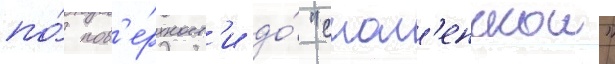
по́ пов'е́рхност'и до́ "смол'енскои"